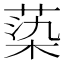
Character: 蒅